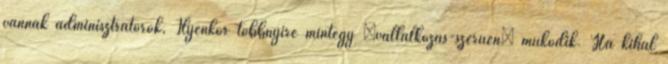
vannak adminisztrátorok, Ilyenkor többnyire mintegy „vállalkozás-szerűen” működik. Ha kihal